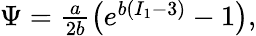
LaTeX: \begin{array}{r}{\Psi=\frac{a}{2b}\left(e^{b(I_{1}-3)}-1\right),}\end{array}